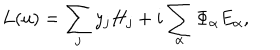
LaTeX: L ( u ) = \sum _ { j } y _ { j } H _ { j } + i \sum _ { \alpha } \Phi _ { \alpha } E _ { \alpha } ,